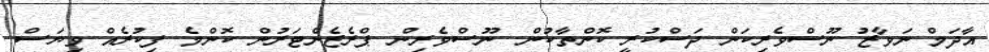
އާދަމް ނަވާޒު ނޫސްވެރިކަން ދަސްކުރީ ކޮންތާކުން. ނޫސްވެރިން ޕްރެޒެންޓަރުން ކޮންމެ ފިކުރެއް ވިޔަސް